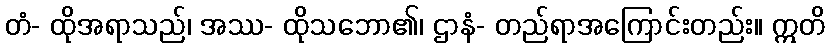
တံ- ထိုအရာသည်၊ အဿ- ထိုသဘော၏၊ ဌာနံ- တည်ရာအကြောင်းတည်း။ ဣတိ